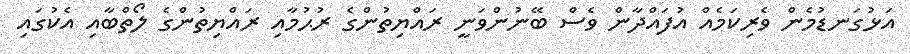
އަޅުގަނޑުމެން ވެރިކަމެއް އުފައްދާން ވެސް ބޭނުންވަނީ ރައްޔިތުންގެ ރުޙުމާއި ރައްޔިތުންގެ ލޯތްބާއި އެކުގައި